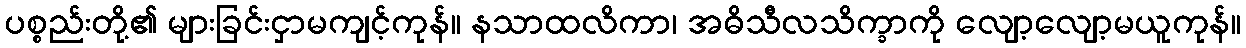
ပစ္စည်းတို့၏ များခြင်းငှာမကျင့်ကုန်။ နသာထလိကာ၊ အဓိသီလသိက္ခာကို လျော့လျော့မယူကုန်။